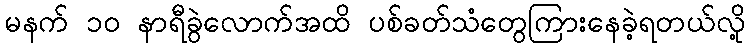
မနက် ၁၀ နာရီခွဲလောက်အထိ ပစ်ခတ်သံတွေကြားနေခဲ့ရတယ်လို့